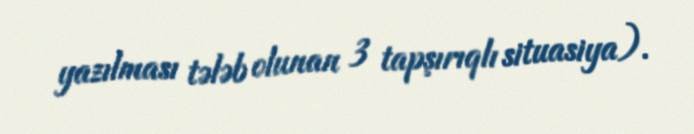
yazılması tələb olunan 3 tapşırıqlı situasiya).